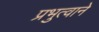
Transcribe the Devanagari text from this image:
प्रभुत्वाने